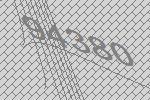
94380